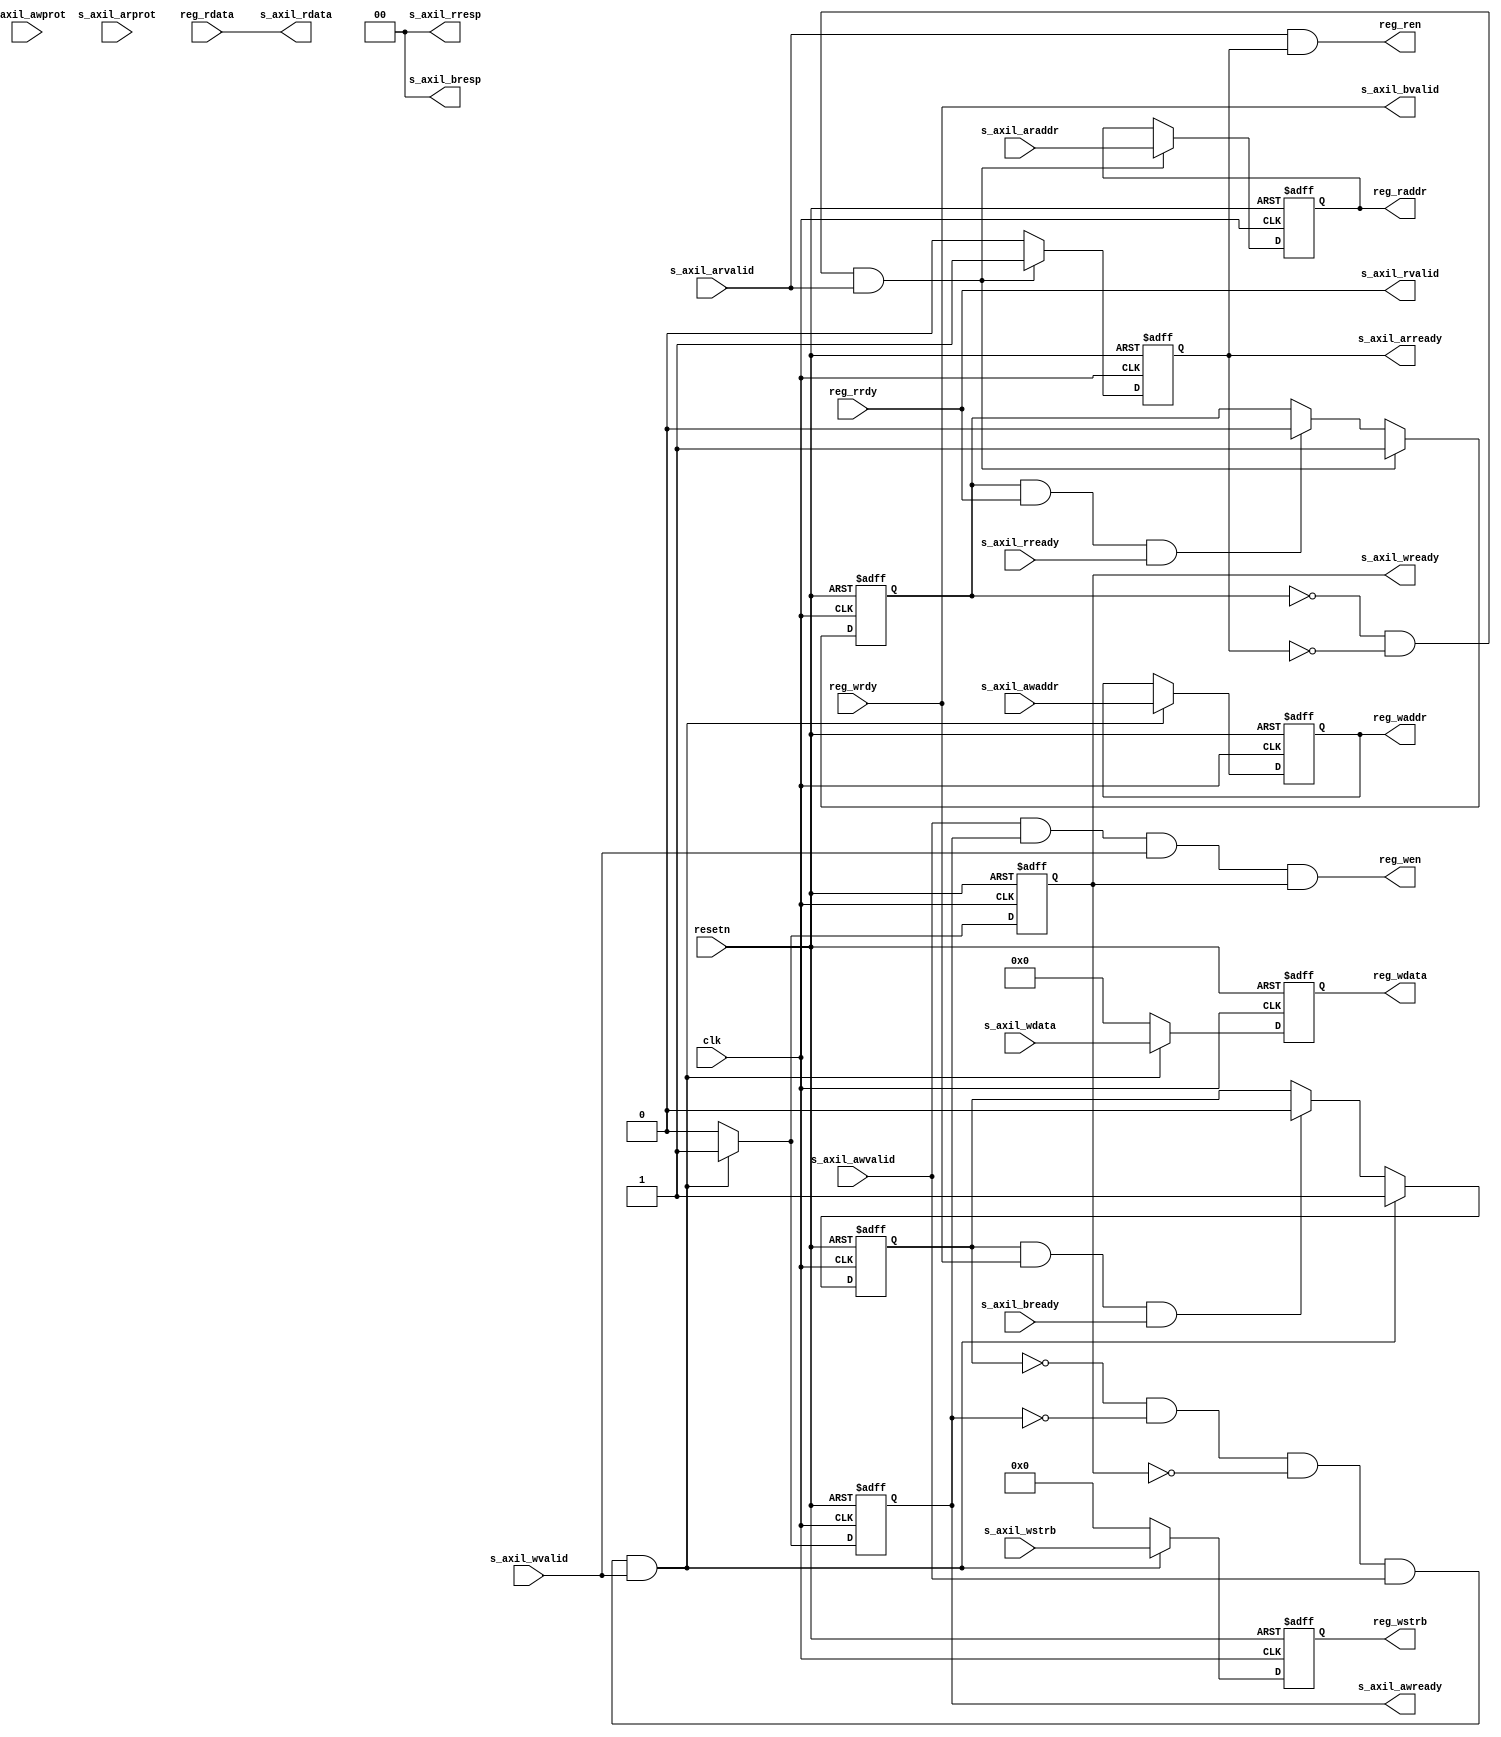
module axil_bridge (
    // sys
    clk,
    resetn,
    // axi lite slave
    s_axil_awaddr,
    s_axil_awprot,
    s_axil_awvalid,
    s_axil_awready,
    s_axil_wdata,
    s_axil_wstrb,
    s_axil_wvalid,
    s_axil_wready,
    s_axil_bresp,
    s_axil_bvalid,
    s_axil_bready,
    s_axil_araddr,
    s_axil_arprot,
    s_axil_arready,
    s_axil_arvalid,
    s_axil_rdata,
    s_axil_rresp,
    s_axil_rready,
    s_axil_rvalid,
    // reg write/read
    reg_wen,
    reg_waddr,
    reg_wdata,
    reg_wstrb,
    reg_wrdy,
    reg_ren,
    reg_raddr,
    reg_rdata,
    reg_rrdy
);

//****** parameter ******//

localparam OKAY = 2'b00;


//****** interface ******//

// sys
input clk;
input resetn;

// axi lite slave
input  [31:0] s_axil_awaddr;
input   [2:0] s_axil_awprot;
input         s_axil_awvalid;
output        s_axil_awready;
input  [31:0] s_axil_wdata;
input   [3:0] s_axil_wstrb;
input         s_axil_wvalid;
output        s_axil_wready;
output  [1:0] s_axil_bresp;
output        s_axil_bvalid;
input         s_axil_bready;
input  [31:0] s_axil_araddr;
input   [2:0] s_axil_arprot;
input         s_axil_arvalid;
output        s_axil_arready;
output [31:0] s_axil_rdata;
output  [1:0] s_axil_rresp;
output        s_axil_rvalid;
input         s_axil_rready;

// reg write/read
output        reg_wen;
output [31:0] reg_waddr;
output [31:0] reg_wdata;
output  [3:0] reg_wstrb;
input         reg_wrdy;  // write trans is done
output        reg_ren;
output [31:0] reg_raddr;
input  [31:0] reg_rdata;
input         reg_rrdy;  // rdata is ready

//****** internal signal ******//

// axi lite
reg        wbusy_r;
reg        s_axil_awready_r;
reg [31:0] s_axil_awaddr_r;
reg        s_axil_wready_r;
reg [31:0] s_axil_wdata_r;
reg  [3:0] s_axil_wstrb_r;

reg        rbusy_r;
reg        s_axil_arready_r;
reg [31:0] s_axil_araddr_r;

//****** internal logic ******//

// control write/read enable signals based on axi4 lite protocol

// write channels
assign s_axil_awready = s_axil_awready_r;
assign s_axil_wready  = s_axil_wready_r;
assign s_axil_bvalid  = reg_wrdy;
assign s_axil_bresp   = OKAY;

always @(posedge clk or negedge resetn) begin
    if (~resetn) begin
        wbusy_r          <= 1'b0;
        s_axil_awready_r <= 1'b0;
        s_axil_awaddr_r  <= 32'b0;
        s_axil_wready_r  <= 1'b0;
        s_axil_wdata_r   <= 32'b0;
        s_axil_wstrb_r   <= 4'b0;
    end
    else if (~wbusy_r && ~s_axil_awready_r && ~s_axil_wready_r && s_axil_awvalid && s_axil_wvalid) begin
        wbusy_r          <= 1'b1;
        s_axil_awready_r <= 1'b1;
        s_axil_awaddr_r  <= s_axil_awaddr;
        s_axil_wready_r  <= 1'b1;
        s_axil_wdata_r   <= s_axil_wdata;
        s_axil_wstrb_r   <= s_axil_wstrb;
    end
    else if (wbusy_r && s_axil_bvalid && s_axil_bready) begin
        wbusy_r          <= 1'b0;
        s_axil_awready_r <= 1'b0;
        s_axil_awaddr_r  <= s_axil_awaddr_r;
        s_axil_wready_r  <= 1'b0;
        s_axil_wdata_r   <= 32'b0;
        s_axil_wstrb_r   <= 4'b0;
    end
    else begin
        wbusy_r          <= wbusy_r;
        s_axil_awready_r <= 1'b0;
        s_axil_awaddr_r  <= s_axil_awaddr_r;
        s_axil_wready_r  <= 1'b0;
        s_axil_wdata_r   <= 32'b0;
        s_axil_wstrb_r   <= 4'b0;
    end
end

// read channels

assign s_axil_arready = s_axil_arready_r;
assign s_axil_rdata   = reg_rdata;
assign s_axil_rvalid  = reg_rrdy;
assign s_axil_rresp   = OKAY;

always @(posedge clk or negedge resetn) begin
    if (~resetn) begin
        rbusy_r          <= 1'b0;
        s_axil_arready_r <= 1'b0;
        s_axil_araddr_r  <= 32'b0;
    end
    else if (~rbusy_r && ~s_axil_arready_r && s_axil_arvalid) begin
        rbusy_r          <= 1'b1;
        s_axil_arready_r <= 1'b1;
        s_axil_araddr_r  <= s_axil_araddr;
    end
    else if (rbusy_r && s_axil_rvalid && s_axil_rready) begin
        rbusy_r          <= 1'b0;
        s_axil_arready_r <= 1'b0;
        s_axil_araddr_r  <= s_axil_araddr_r;
    end
    else begin
        rbusy_r          <= rbusy_r;
        s_axil_arready_r <= 1'b0;
        s_axil_araddr_r  <= s_axil_araddr_r;
    end
end

// bridged: reg w/r output

assign reg_wen   = s_axil_awvalid && s_axil_awready && s_axil_wvalid && s_axil_wready;
assign reg_waddr = s_axil_awaddr_r;
assign reg_wdata = s_axil_wdata_r;
assign reg_wstrb = s_axil_wstrb_r;

assign reg_ren   = s_axil_arvalid && s_axil_arready;
assign reg_raddr = s_axil_araddr_r;


endmodule